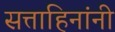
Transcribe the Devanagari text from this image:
सत्ताहिनांनी